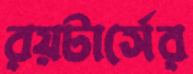
রয়টার্সের